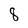
Character: 8